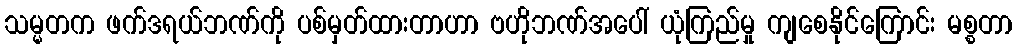
သမ္မတက ဖက်ဒရယ်ဘဏ်ကို ပစ်မှတ်ထားတာဟာ ဗဟိုဘဏ်အပေါ် ယုံကြည်မှု ကျစေနိုင်ကြောင်း မစ္စတာ